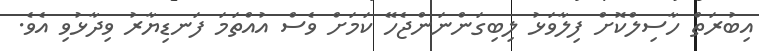
އިބުރަތް ހާސިލްކޮށް ފިލާވަޅު ލިބިގަންނަންޖެހޭ ކަމަށް ވެސް އުއްތަމަ ފަނޑިޔާރު ވިދާޅުވި އެވެ.